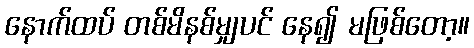
နောက်ထပ် တစ်မိနစ်မျှပင် နေ၍ မဖြစ်တော့။